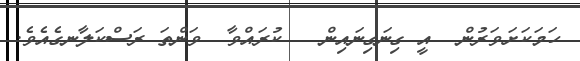
ހަމަކަށަވަރުން  އީ ގިނަގިނައިން   ކުރައްވާ  ވަންތަ ރަސްކަލާނގެއެވެ.